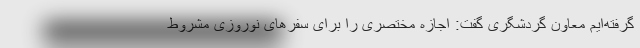
گرفته‌ایم معاون گردشگری گفت: اجازه مختصری را برای سفرهای نوروزی مشروط